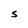
Character: S